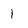
Character: 1